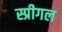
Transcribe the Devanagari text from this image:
स्प्रीगल